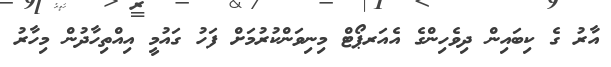
އާރު ގެ ކިބައިން ދިވެހިންގެ އެއަރޕޯޓް މިނިވަންކުރުމަށް ފަހު ގައުމީ އިއްތިހާދުން މިހާރު